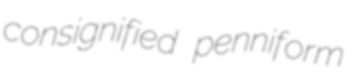
consignified penniform